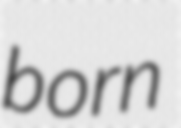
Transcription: born